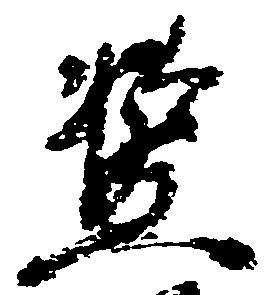
濫